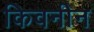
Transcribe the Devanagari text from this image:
किवनीन